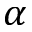
\alpha